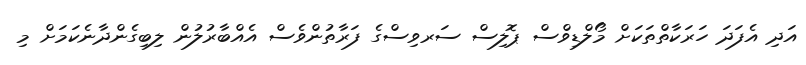
އަދި އެފަދަ ހަރަކާތްތަކަށް މޯލްޑިވްސް ޕޮލިސް ސަރވިސްގެ ފަރާތުންވެސް އެއްބާރުލުން ލިބިގެންދާނެކަމަށް މި